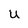
Character: u